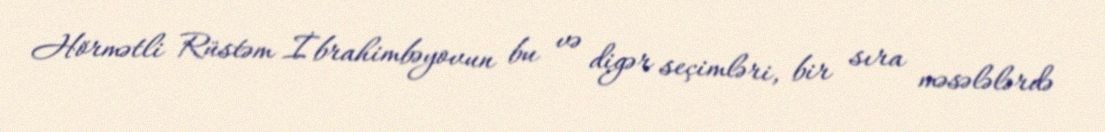
Hörmətli Rüstəm İbrahimbəyovun bu və digər seçimləri, bir sıra məsələlərdə